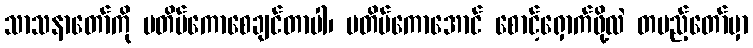
သာသနာတော်ကို မတိမ်ကောစေချင်တာပါ၊ မတိမ်ကောအောင် စောင့်ရှောက်ဖို့လဲ တပည့်တော်မှာ